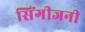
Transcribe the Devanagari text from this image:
सिंगीजनी